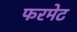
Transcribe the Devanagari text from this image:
फरमेट